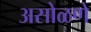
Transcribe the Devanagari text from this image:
असोळणे